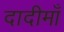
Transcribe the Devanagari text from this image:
दादीमाँ